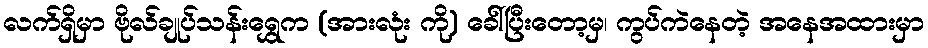
လက်ရှိမှာ ဗိုလ်ချုပ်သန်းရွှေက (အားလုံး ကို) ခေါ်ပြီးတော့မှ၊ ကွပ်ကဲနေတဲ့ အနေအထားမှာ